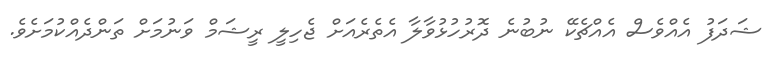
ޝަދަފު އެއްވެސް އެއްޗެކޭ ނުބުނެ ދޮރުހުޅުވާލާ އެތެރެއަށް ޖެހިލީ ރީޝަމް ވަނުމަށް ތަންދެއްކުމަށެވެ.